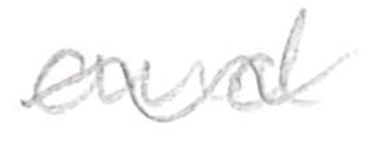
Text: and
Cross-out: wave
Writing tool: pencil